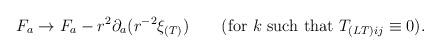
LaTeX: \begin{align*}F_{a} \to F_{a} - r^2\partial_a(r^{-2}\xi_{(T)})\qquad (\mbox{for}\ k\ \mbox{such that}\ T_{(LT)ij}\equiv 0).\end{align*}